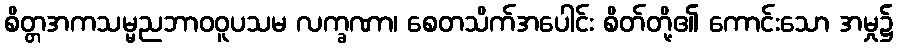
စိတ္တအကသမ္မညဘာဝဝူပသမ လက္ခဏာ၊ စေတသိက်အပေါင်း စိတ်တို့၏ ကောင်းသော အမှု၌